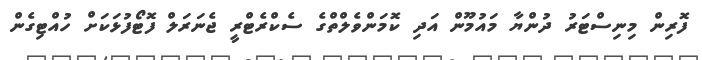
ފޮރިން މިނިސްޓަރު ދުންޔާ މައުމޫން އަދި ކޮމަންވެލްތްގެ ސެކްރެޓްރީ ޖެނަރަލް ފޮޓޯފުޅަކަށް ހުއްޓިގެން